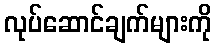
လုပ်ဆောင်ချက်များကို